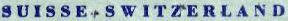
SUISSE-SWITZERLAND